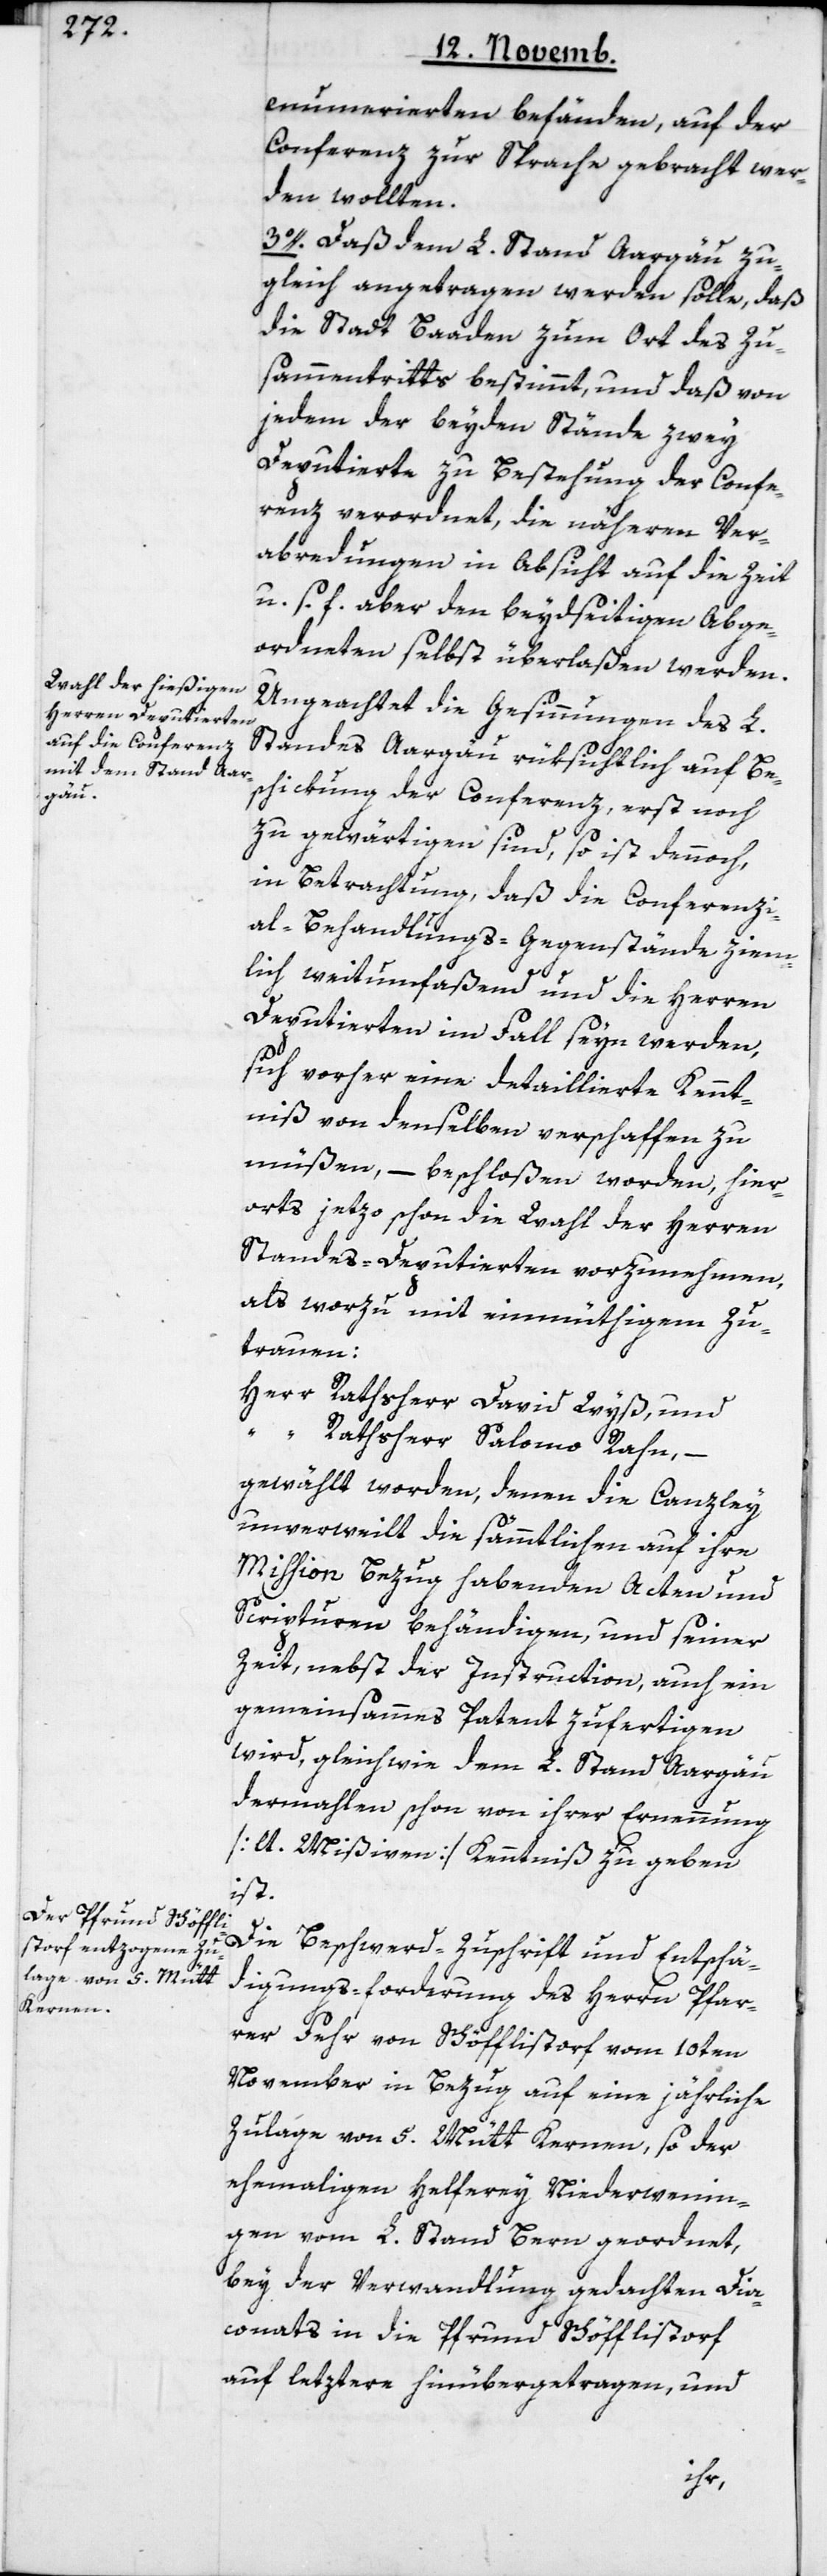
[?nu]merierten befänden, auf der
Conferenz zur Sprache gebracht wer¬
den wollten.
3o. Daß dem L. Stand Aargäu zu¬
gleich angetragen werden solle, daß
die Stadt Baaden zum Ort des Zu¬
sammentritts bestimmt, und daß von
jedem der beyden Stände zwey
Deputierte zu Bestehung der Confe¬
renz verordnet, die näheren Ver¬
abredungen in Absicht auf die Zeit
u. s. f. aber den beydseitigen Abge¬
ordneten selbst überlaßen werden.
Ungeachtet die Gesinnungen des L.
Standes Aargäu rüksichtlich auf Bes¬
chickung der Conferenz, erst noch
zu gewärtigen sind, so ist dennoch,
in Betrachtung, daß die Conferenzi¬
al-Behandlungs-Gegenstände ziem¬
lich weitumfaßend und die Herren
Deputierten im Fall seyn werden,
sich vorher eine detaillierte Kennt¬
niß von denselben verschaffen zu
müßen, – beschloßen worden, hier¬
orts jetzo schon die Wahl der Herren
Standes-Deputierten vorzunehmen,
als worzu mit einmüthigem Zu¬
trauen:
Herr Rathsherr David Wyß, und
“ Rathsherr Salomo Rahn, –
gewählt worden, denen die Canzley
unverweilt die sämmtlichen auf ihre
Mission Bezug habenden Acten und
Scripturen behändigen, und seiner
Zeit, nebst der Instruction, auch ein
gemeinsammes Patent zufertigen
wird, gleichwie dem L. Stand Aargäu
dermahlen schon von ihrer Ernennung
[lt. Mißiven] Kenntniß zu geben
ist.
Die Beschwerd-Zuschrift und Entschä¬
digungs-forderung des Herrn Pfar¬
rer Fehr von Schöfflistorf vom 10ten
November in Bezug auf eine jährliche
Zulage von 5. Mütt Kernen, so der
ehemahligen Helferey Niederweni¬
gen vom L. Stand Bern geordnet,
bey der Verwandlung gedachten Dia¬
conats in die Pfrund Schöfflistorf
auf letztere hinübergetragen, und